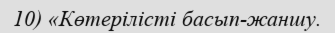
10) «Көтерілісті басып-жаншу.